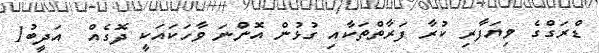
ޑްރަގްގެ ވިޔަފާރި ކުރާ ފަރާތްތަކާއި ގުޅުން އޮންނަ ވާހަކައަކީ ދޮގެއް  އަދީބު1